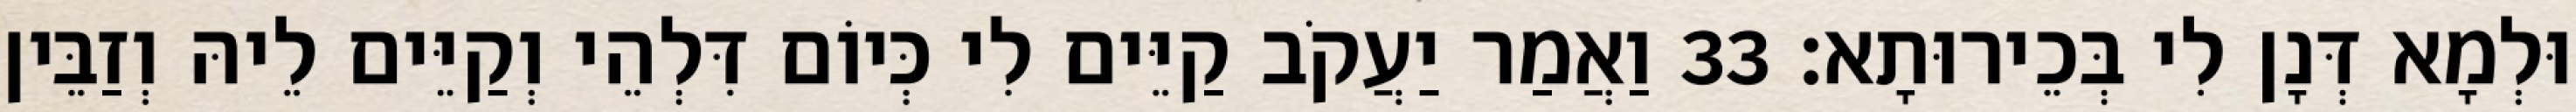
וּלְמָא דְּנָן לִי בְּכֵירוּתָא׃ 33 וַאֲמַר יַעֲקֹב קַיֵּים לִי כְּיוֹם דִּלְהֵי וְקַיֵּים לֵיהּ וְזַבֵּין